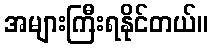
အများကြီးရနိုင်တယ်။